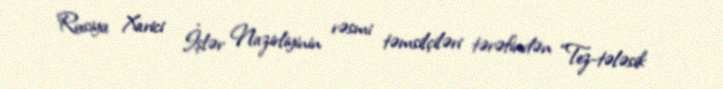
Rusiya Xarici İşlər Nazirliyinin rəsmi təmsilçiləri tərəfindən “Tez-tələsik